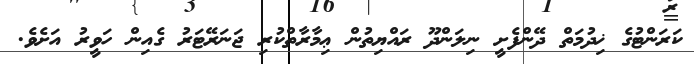
ކަރަންޓުގެ ޚިދުމަތް ދޭންފެށީ ނިލަންދޫ ރައްޔިތުން ޢިމާރާތްކުރި ޖަނަރޭޓަރު ގެއިން ހަވީރު އަށެވެ.